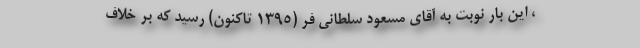
، این بار نوبت به آقای مسعود سلطانی فر (۱۳۹۵ تاکنون) رسید که بر خلاف